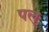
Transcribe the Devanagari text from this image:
पल्